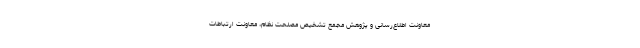
معاونت اطلاع‌رسانی و پژوهش مجمع تشخیص مصلحت نظام، معاونت ارتباطات